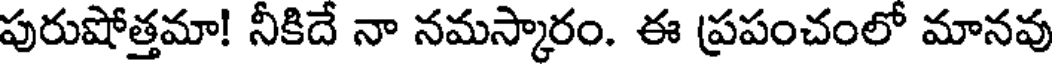
పురుషోత్తమా! నీకిదే నా నమస్కారం. ఈ ప్రపంచంలో మానవు